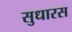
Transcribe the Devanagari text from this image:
सुधारस